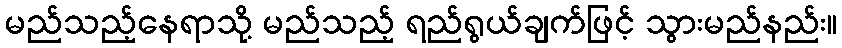
မည်သည့်နေရာသို့ မည်သည့် ရည်ရွယ်ချက်ဖြင့် သွားမည်နည်း။